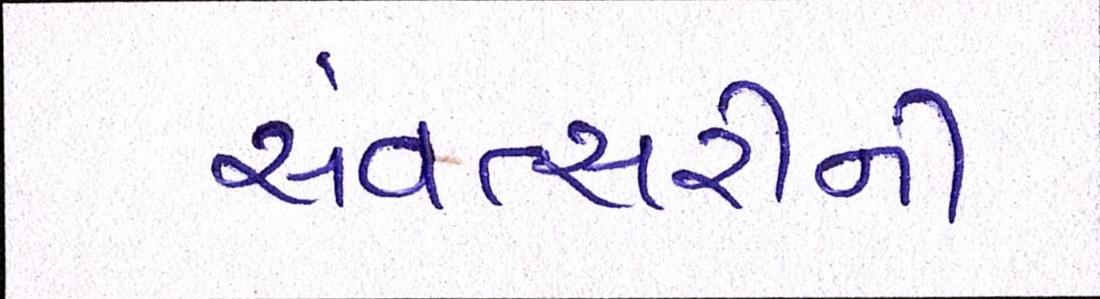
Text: સંવત્સરીની